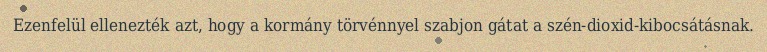
Ezenfelül ellenezték azt, hogy a kormány törvénnyel szabjon gátat a szén-dioxid-kibocsátásnak.